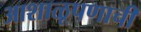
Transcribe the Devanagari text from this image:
आशाळूपणाची